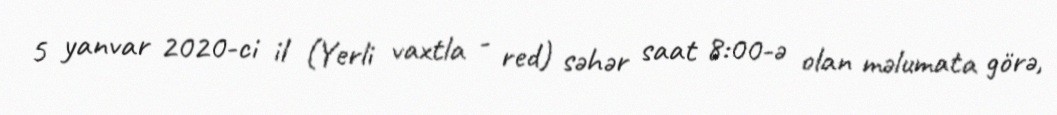
5 yanvar 2020-ci il (Yerli vaxtla - red) səhər saat 8:00-ə olan məlumata görə,